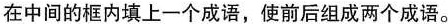
在中间的框内填上一个成语，使前后组成两个成语。